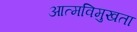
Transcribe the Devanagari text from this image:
आत्मविमुखता